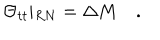
\Theta _ { t t } \vert _ { R N } = \Delta M \quad .